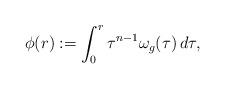
LaTeX: \begin{align*}\phi(r):=\int_0^r\tau^{n-1}\omega_g(\tau)\,d\tau,\end{align*}